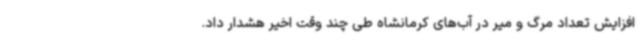
افزایش تعداد مرگ و میر در آب‌های کرمانشاه طی چند وقت اخیر هشدار داد.